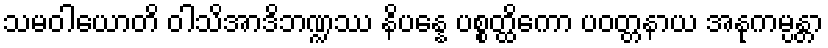
သမဝါယောတိ ဝါသိအာဒိဘဏ္ဍဿ နိပန္နေ ပစ္စတ္ထိကော ပဝတ္တနာယ အနုကမ္ပန္တာ